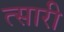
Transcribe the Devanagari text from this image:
त्सारी